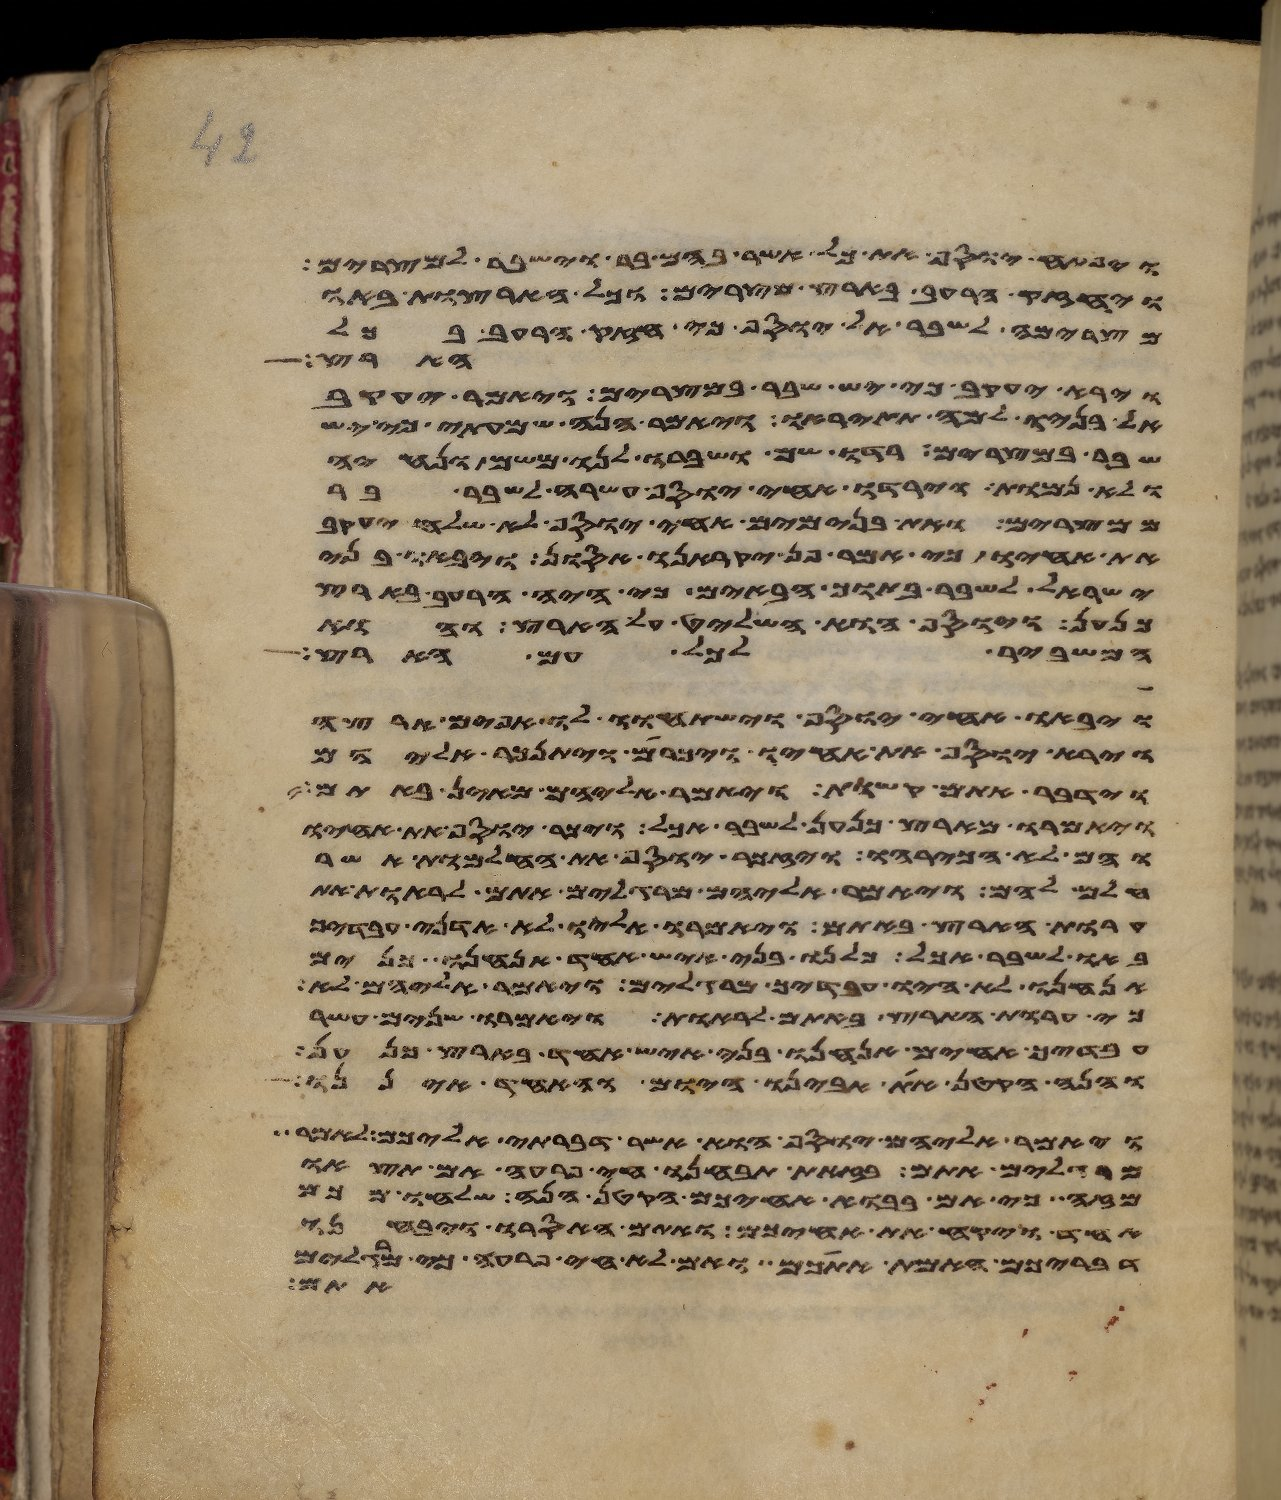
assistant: ויפתח יוסף את כל אשר בהם בר וישבר למצרים
ויחזק הרעב בארץ מצרים וכל הארצות באו
מצרימה לשבר אל יוסף כי חזק הרעב בכל
הארצות
וירא יעקב כי יש שבר במצרים ויאמר יעקב
אל בניו למה תתיראו ויאמר הנה שמעתי כי יש
שבר במצרים רדו שם ושברו לנו משם ונחיה
ולא נמות וירדו אחי יוסף עשרה לשבר בר
ממצרים ואת בנימים אחי יוסף לא שלח יעקב
את אחיו כי אמר פן יקראנו אסון ויבאו בני
ישראל לשבר בתוך הבאים כי היה הרעב בארץ
כנען ויוסף הוא השליט על הארץ והוא
המשביר לכל עם הארץ
ויבאו אחי יוסף וישתחוו לו אפים ארצה
וירא יוסף את אחיו ויכרם ויתנכר אליהם
וידבר אתם קשות ויאמר אליהם מאין באתם
ויאמרו מארץ כנען לשבר אכל ויכר יוסף את אחיו
והם לא הכרהו ויזכר יוסף את החלמות אשר
חלם להם ויאמר אליהם מרגלים אתם לראות את
ערות הארץ באתם ויאמרו אליו לא אדני ועבדיך
באו לשבר אכל כלנו בני איש אחד אנחנו כנים
אנחנו לא היו עבדיך מרגלים ויאמר אליהם לא
כי ערות הארץ באתם לראות ויאמרו שנים עשר
עבדיך אחים אנחנו בני איש אחד בארץ כנען
והנה הקטן את אבינו היום והאחד איננו
ויאמר אליהם יוסף הוא אשר דברתי אליכם לאמר
מרגלים אתם בזאת תבחנו חי פרעה אם תצאו
מזה כי אם בבוא אחיכם הקטן הנה שלחו מכם
אחד ויקח את אחיכם ואתם האסרו ויבחנו
האמת אתכם ואם לא חי פרעה כי מרגלים
אתם